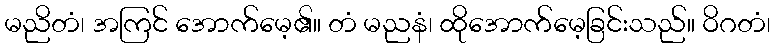
မညိတံ၊ အကြင် အောက်မေ့၏။ တံ မညနံ၊ ထိုအောက်မေ့ခြင်းသည်။ ဝိဂတံ၊